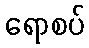
ရောစပ်